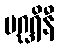
ပဂ္ဃရိနီ